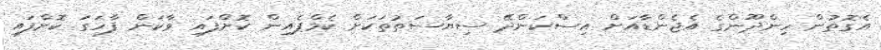
އެގޮތުން ހިންދޫންގެ އެޖެންޑާއަށް އިސްކަންދޭ ސިޔާސަތުތަކަށް ކެމްޕެއިން ކޮށްފައި ވާކަން ފާހަގަ ކޮށްފައި